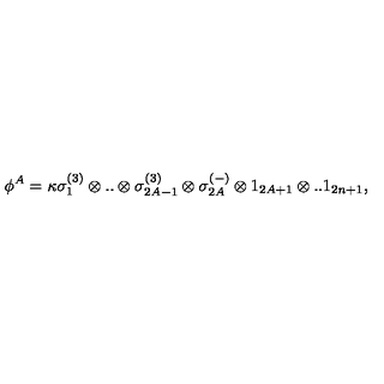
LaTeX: \phi ^ { A } = \kappa \sigma _ { 1 } ^ { ( 3 ) } \otimes . . \otimes \sigma _ { 2 A - 1 } ^ { ( 3 ) } \otimes \sigma _ { 2 A } ^ { ( - ) } \otimes 1 _ { 2 A + 1 } \otimes . . 1 _ { 2 n + 1 } ,